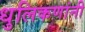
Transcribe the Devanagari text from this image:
धुलिकणांनी